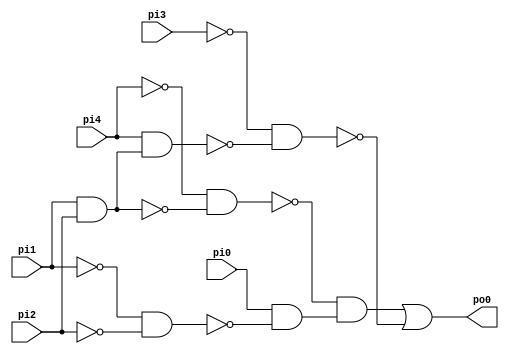
// Benchmark "traffic_cl" written by ABC on Fri Sep  1 08:31:25 2017

module traffic_cl ( 
    pi0, pi1, pi2, pi3, pi4,
    po0  );
  input  pi0, pi1, pi2, pi3, pi4;
  output po0;
  wire n7, n8, n9, n10, n11, n12, n13;
  assign n7 = pi1 & pi2;
  assign n8 = ~pi4 & ~n7;
  assign n9 = ~pi1 & ~pi2;
  assign n10 = pi0 & ~n9;
  assign n11 = ~n8 & n10;
  assign n12 = pi4 & n7;
  assign n13 = ~pi3 & ~n12;
  assign po0 = n11 | ~n13;
endmodule